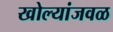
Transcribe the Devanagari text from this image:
खोल्यांजवळ